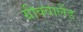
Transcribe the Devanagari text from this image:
ग्रीक्वालैंड